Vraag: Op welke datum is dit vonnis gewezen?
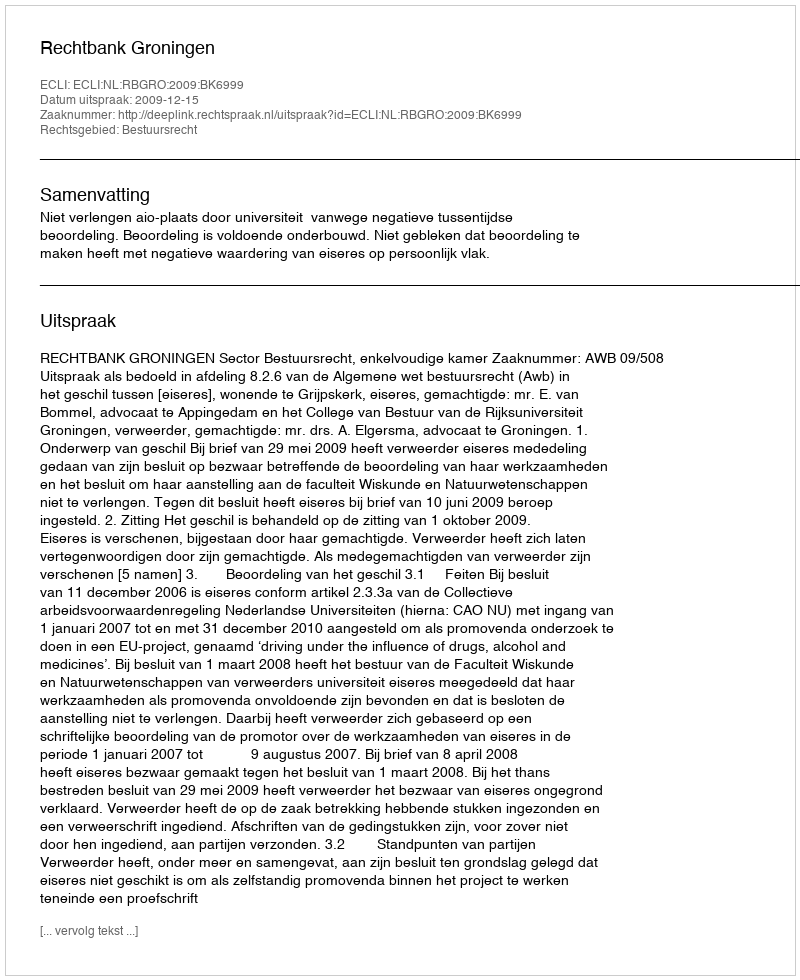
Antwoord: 2009-12-15